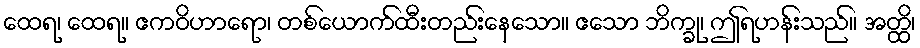
ထေရ၊ ထေရ။ ဧကဝိဟာရော၊ တစ်ယောက်ထီးတည်းနေသော။ ဧသော ဘိက္ခု၊ ဤရဟန်းသည်။ အတ္ထိ၊